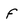
Character: f